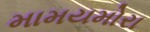
મામયમોરા